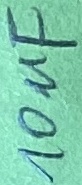
Text: 10µF